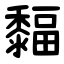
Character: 䵗